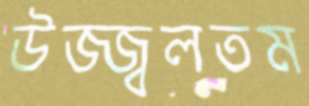
উজ্জ্বলতম